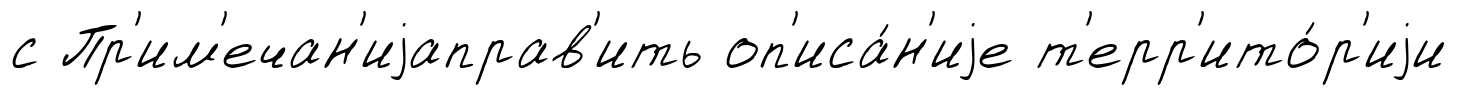
с Пр'им'ечан'иjаправ'ить оп'иса́н'иjе т'ерр'ито́р'иjи